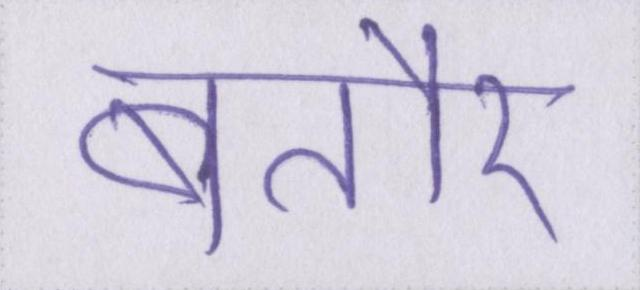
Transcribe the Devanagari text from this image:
बतौर